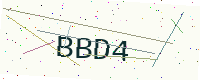
Text: BBD4